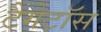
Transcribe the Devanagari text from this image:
टैगेटॉस